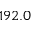
1 9 2 . 0